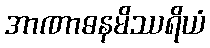
အာဏာဓနမိဿရိယံ